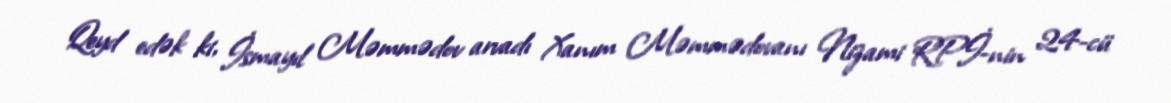
Qeyd edək ki, İsmayıl Məmmədov arvadı Xanım Məmmədovanı Nizami RPİ-nin 24-cü